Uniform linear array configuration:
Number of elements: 8
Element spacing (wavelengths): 0.5
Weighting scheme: exponential
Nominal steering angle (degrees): -60
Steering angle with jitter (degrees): -59.394
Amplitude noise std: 0.05
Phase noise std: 0.05

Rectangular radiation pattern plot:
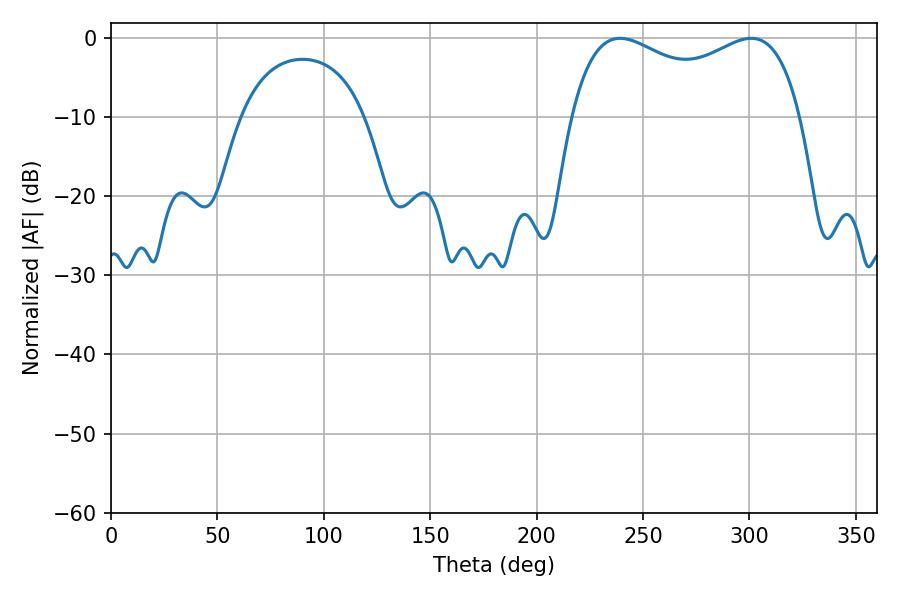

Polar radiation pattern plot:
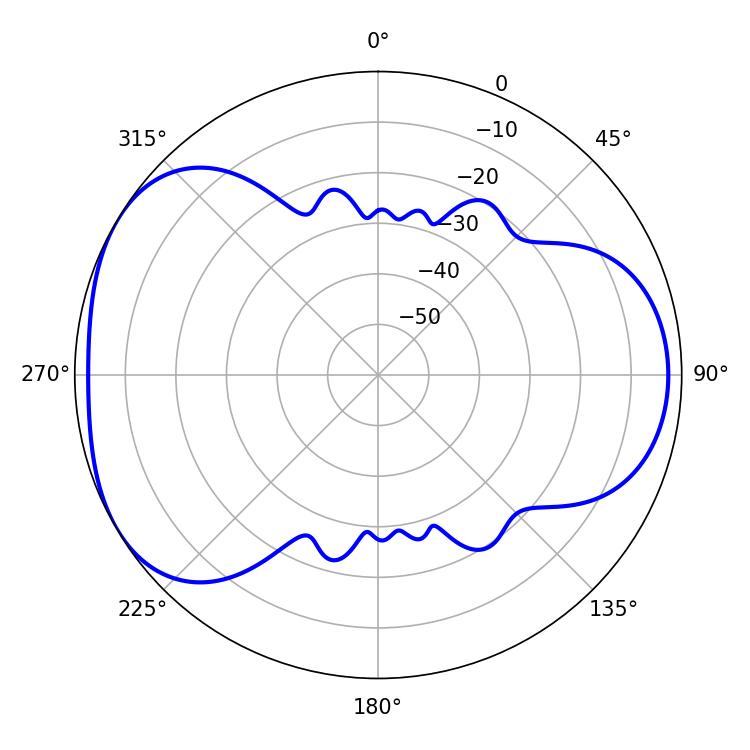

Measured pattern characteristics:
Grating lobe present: FALSE
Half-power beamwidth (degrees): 89.28
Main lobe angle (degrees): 239.22